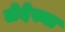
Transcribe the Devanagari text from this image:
लेदेस्मा